Annual administration report of the Civil Veterinary Department of India - 1905-1906
Year: 1905
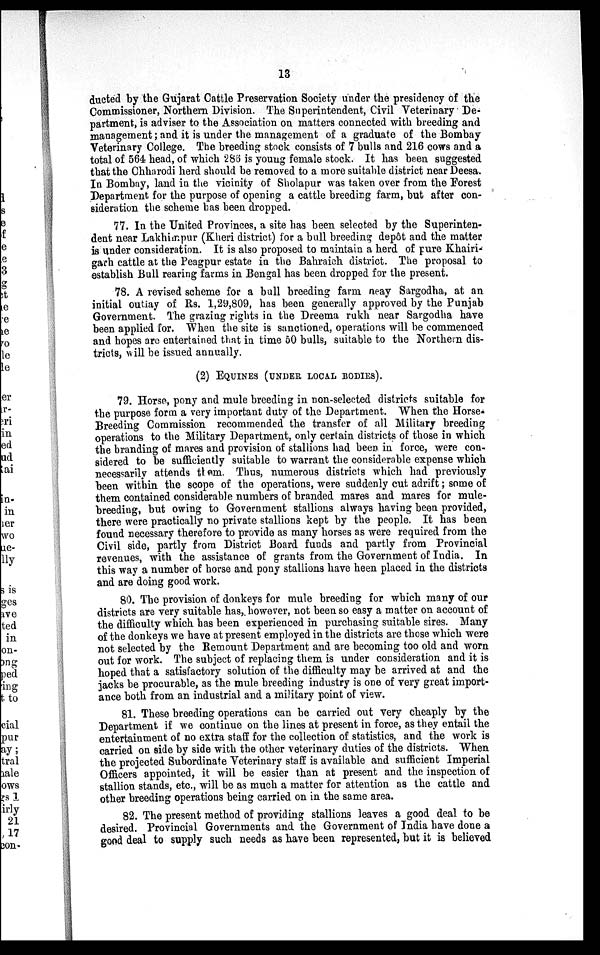
13
ducted by the Gujarat Cattle Preservation Society under the presidency of the
Commissioner, Northern Division. The Superintendent, Civil Veterinary De-
partment, is adviser to the Association on matters connected with breeding and
management; and it is under the management of a graduate of the Bombay
Veterinary College. The breeding stock consists of 7 bulls and 216 cows and a
total of 564 head, of which 286 is young female stock. It has been suggested
that the Chharodi herd should be removed to a more suitable district near Deesa.
In Bombay, land in the vicinity of Sholapur was taken over from the Forest
Department for the purpose of opening a cattle breeding farm, but after con-
sideration the scheme has been dropped.
77. In the United Provinces, a site has been selected by the Superinten-
dent near Lakhimpur (Kheri district) for a bull breeding depôt and the matter
is under consideration. It is also proposed to maintain a herd of pure Khairi-
garh cattle at the Peagpur estate in the Bahraich district. The proposal to
establish Bull rearing farms in Bengal has been dropped for the present.
78. A revised scheme for a bull breeding farm neay Sargodha, at an
initial outiay of Rs. 1,29,809, has been generally approved by the Punjab
Government. The grazing rights in the Dreema rukh near Sargodha have
been applied for. When the site is sanctioned, operations will be commenced
and hopes are entertained that in time 50 bulls, suitable to the Northern dis-
tricts, will be issued annually.
(2) EQUINES (UNDER LOCAL BODIES).
79. Horse, pony and mule breeding in non-selected districts suitable for
the purpose form a very important duty of the Department. When the Horse-
Breeding Commission recommended the transfer of all Military breeding
operations to the Military Department, only certain districts of those in which
the branding of mares and provision of stallions had been in force, were con-
sidered to be sufficiently suitable to warrant the considerable expense which
necessarily attends them. Thus, numerous districts which had previously
been within the scope of the operations, were suddenly cut adrift; some of
them contained considerable numbers of branded mares and mares for mule-
breeding, but owing to Government stallions always having been provided,
there were practically no private stallions kept by the people. It has been
found necessary therefore to provide as many horses as were required from the
Civil side, partly from District Board funds and partly from Provincial
revenues, with the assistance of grants from the Government of India. In
this way a number of horse and pony stallions have been placed in the districts
and are doing good work.
80. The provision of donkeys for mule breeding for which many of our
districts are very suitable has, however, not been so easy a matter on account of
the difficulty which has been experienced in purchasing suitable sires. Many
of the donkeys we have at present employed in the districts are those which were
not selected by the Remount Department and are becoming too old and worn
out for work. The subject of replacing them is under consideration and it is
hoped that a satisfactory solution of the difficulty may be arrived at and the
jacks be procurable, as the mule breeding industry is one of very great import-
ance both from an industrial and a military point of view.
81. These breeding operations can be carried out very cheaply by the
Department if we continue on the lines at present in force, as they entail the
entertainment of no extra staff for the collection of statistics, and the work is
carried on side by side with the other veterinary duties of the districts. When
the projected Subordinate Veterinary staff is available and sufficient Imperial
Officers appointed, it will be easier than at present and the inspection of
stallion stands, etc., will be as much a matter for attention as the cattle and
other breeding operations being carried on in the same area.
82. The present method of providing stallions leaves a good deal to be
desired. Provincial Governments and the Government of India have done a
good deal to supply such needs as have been represented, but it is believed